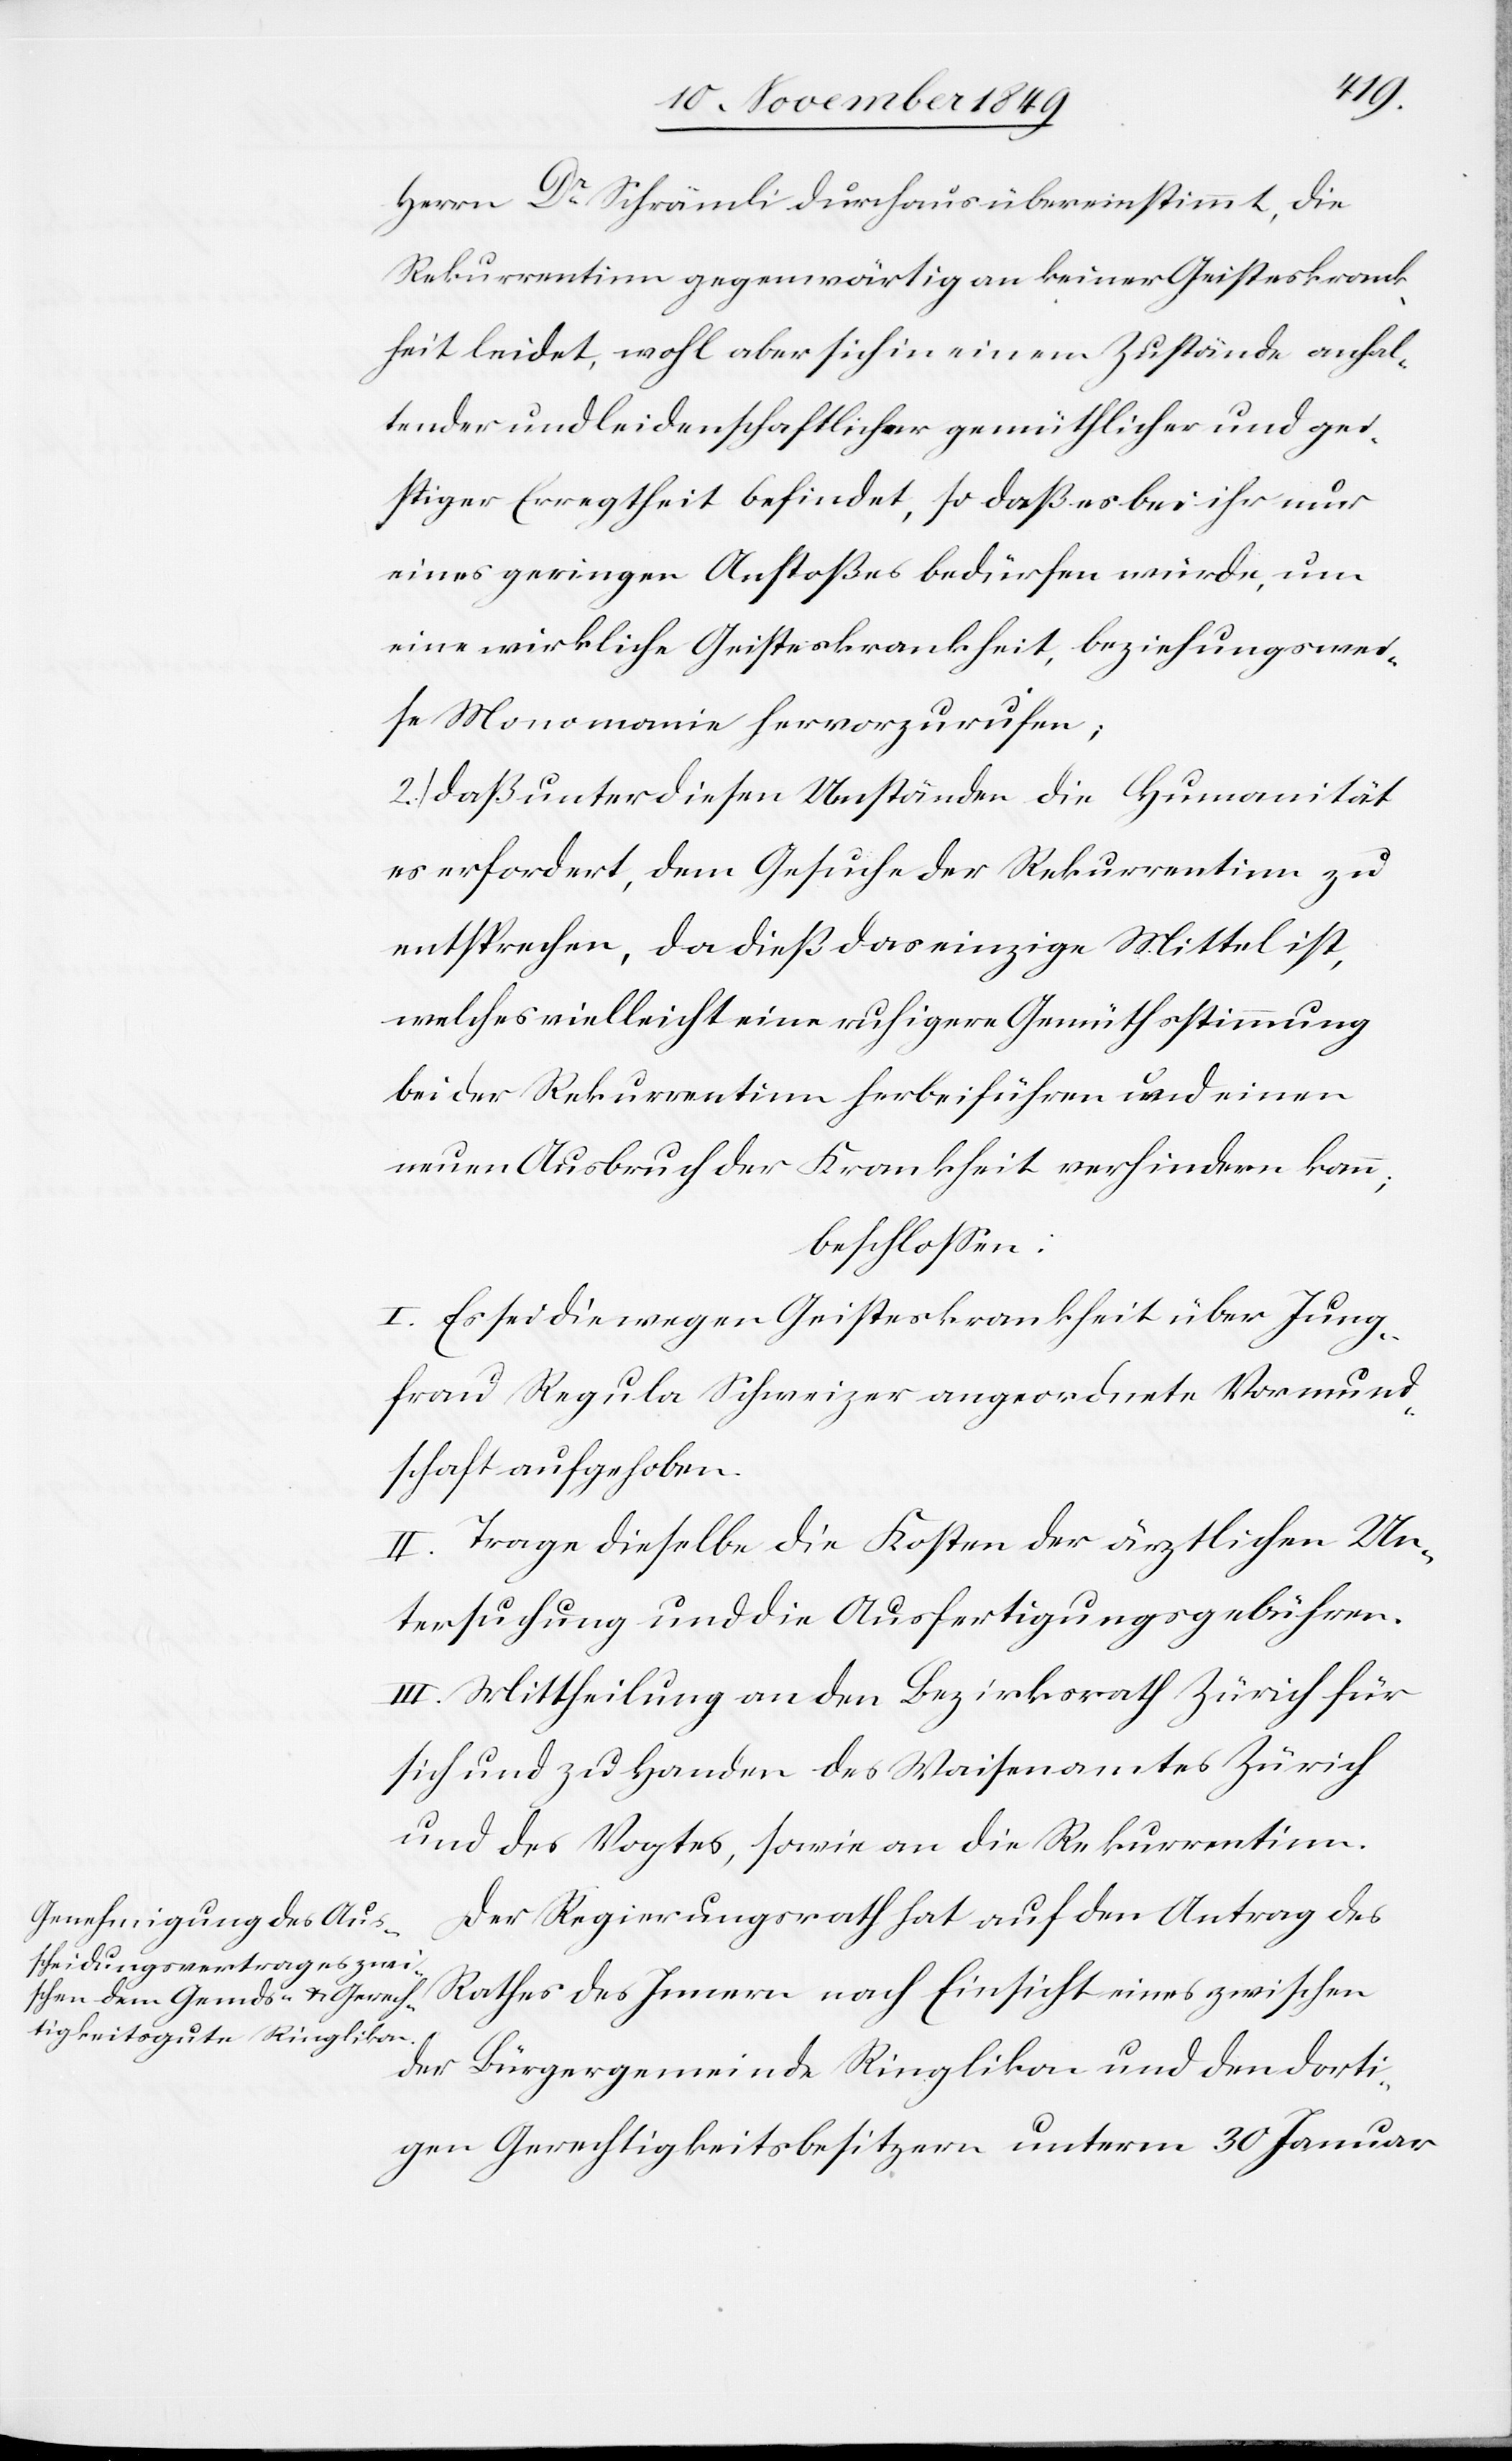
ge¬
Herrn Dr Schämli durchaus übereinstimmt, die
Rekurrentinn gegenwärtig an keiner Geisteskrank¬
heit leidet, wohl aber sich in einem Zustände anhal¬
istiger Erregtheit befindet, so daß es bei ihr nur
eines geringen Anstoßes bedürfen würde, um
eine wirkliche Geisteskrankheit, beziehungswei¬
se Manomanie hervorzurufen;
2.) daß unter diesen Umständen die Humanität
es erfordert, dem Gesuche der Rekurrentinn zu
entsprechen, da dieß das einzige Mittel ist,
welches vielleicht eine ruhigere Gemüthsstimmung
bei der Rekurrentinn herbeiführen und einen
neuen Ausbruch der Krankheit verhindern kann;
beschloßen:
I. Es sei die wegen Geisteskrankheit über Jung¬
frau Regula Schweizer angeordnete Vormund¬
schaft aufgehoben.
II. Trage dieselbe die Kosten der ärztlichen Un¬
tersuchung und die Ausfertigungsgebühren.
III. Mittheilung an den Bezirksrath Zürich für
sich und zu Handen des Waisenamtes Zürich
und des Vogtes, sowie an die Rekurrentinn.
Der Regierungsrath hat auf den Antrag des
Rathes des Innern nach Einsicht eines zwischen
der Bürgergemeinde Ringlikon und dem dorti¬
gen Gerechtigkeitsbesitzern unterm 30 Januar